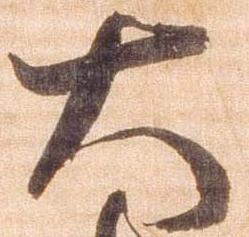
大